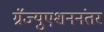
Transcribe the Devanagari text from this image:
ग्रॅज्युएशननंतर